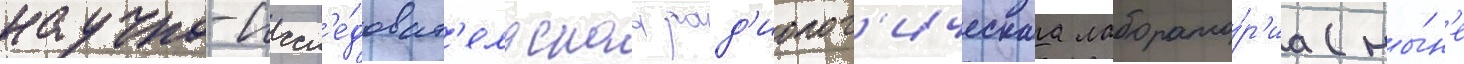
научно-иссл'е́доват'ельскаа рад'иолог'ическаа лаборато́р'иа (ны́н'е